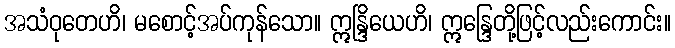
အသံဝုတေဟိ၊ မစောင့်အပ်ကုန်သော။ ဣန္ဒြိယေဟိ၊ ဣန္ဒြေတို့ဖြင့်လည်းကောင်း။